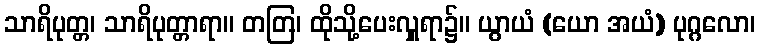
သာရိပုတ္တ၊ သာရိပုတ္တာရာ။ တတြ၊ ထိုသို့ပေးလှူရာ၌။ ယွာယံ (ယော အယံ) ပုဂ္ဂလော၊